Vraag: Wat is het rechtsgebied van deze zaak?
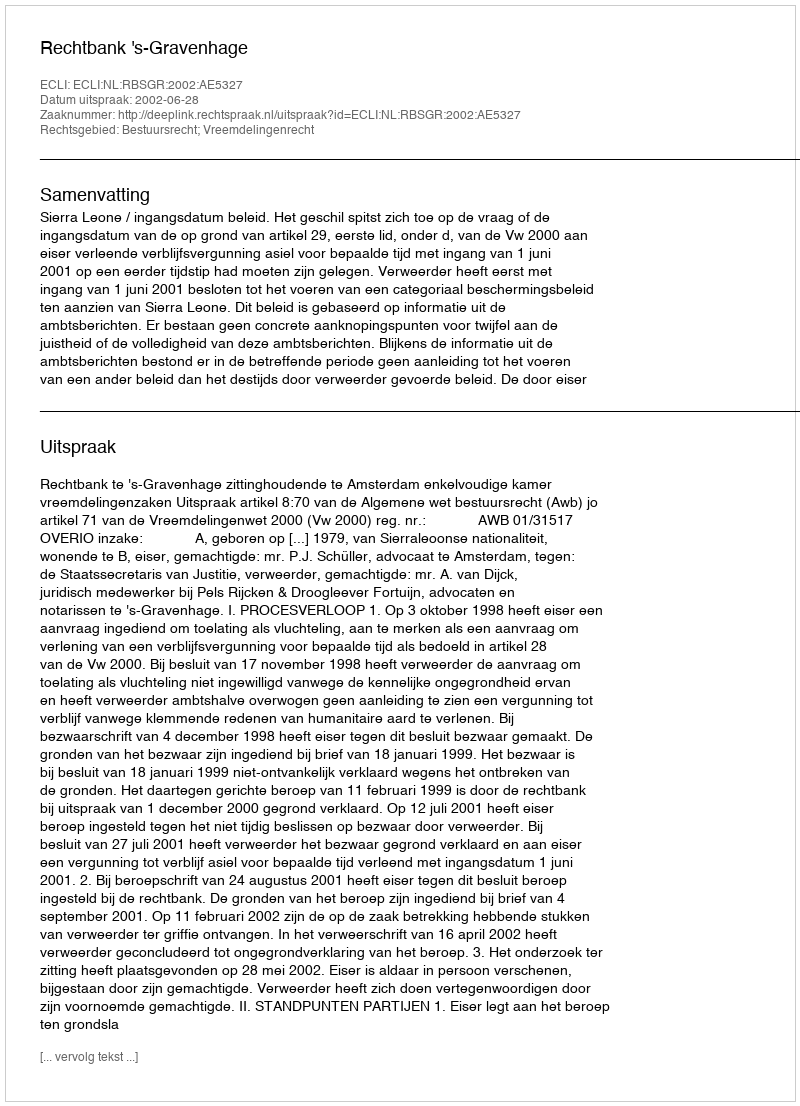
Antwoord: Bestuursrecht; Vreemdelingenrecht